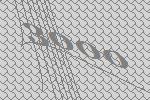
3000